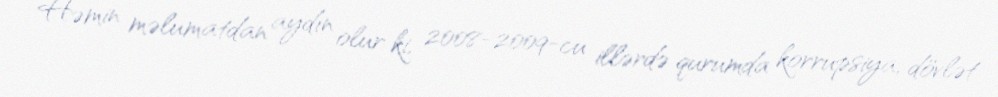
Həmin məlumatdan aydın olur ki, 2008-2009-cu illərdə qurumda korrupsiya, dövlət